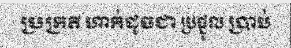
ប្រក្រតី ហាក់ដូចជា ប្រផ្នូល ប្រាប់